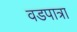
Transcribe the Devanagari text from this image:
वडपात्रा